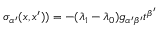
\sigma _ { \alpha ^ { \prime } } ( x , x ^ { \prime } ) ) = - ( \lambda _ { 1 } - \lambda _ { 0 } ) g _ { \alpha ^ { \prime } \beta ^ { \prime } } t ^ { \beta ^ { \prime } }